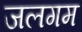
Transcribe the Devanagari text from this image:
जलगम